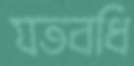
যতবধি